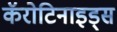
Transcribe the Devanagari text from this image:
कॅरोटिनाइड्स